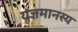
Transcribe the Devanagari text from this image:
यज्ञमानस्य